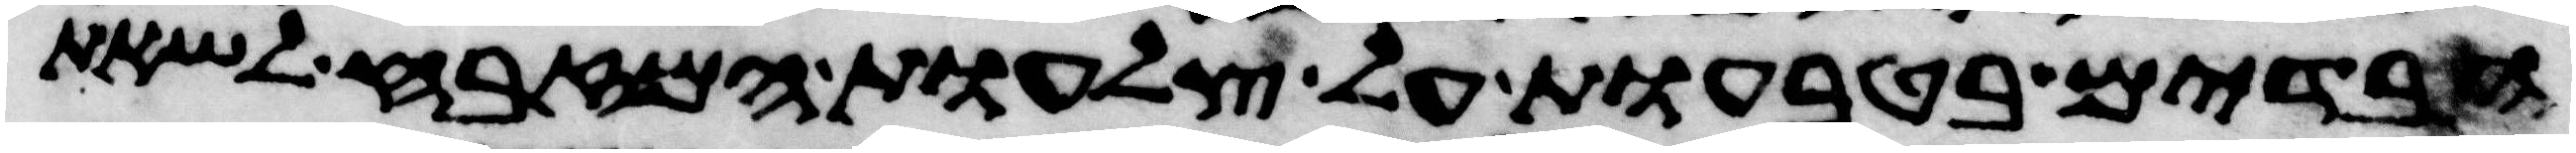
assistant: הבדים בטבעות על צלעות המזבח לשאת